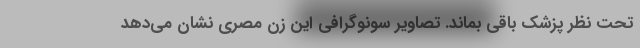
تحت نظر پزشک باقی بماند. تصاویر سونوگرافی این زن مصری نشان می‌دهد